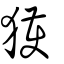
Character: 獲